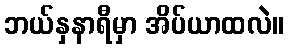
ဘယ်နှနာရီမှာ အိပ်ယာထလဲ။